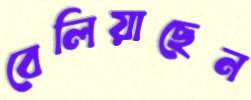
বেলিয়াছেন